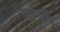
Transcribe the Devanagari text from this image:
सांगले